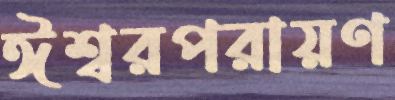
ঈশ্বরপরায়ণ